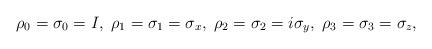
LaTeX: \begin{align*}\rho_0=\sigma_0=I,\; \rho_1=\sigma_1=\sigma_x,\;\rho_2=\sigma_2=i\sigma_y,\; \rho_3=\sigma_3=\sigma_z,\;\end{align*}